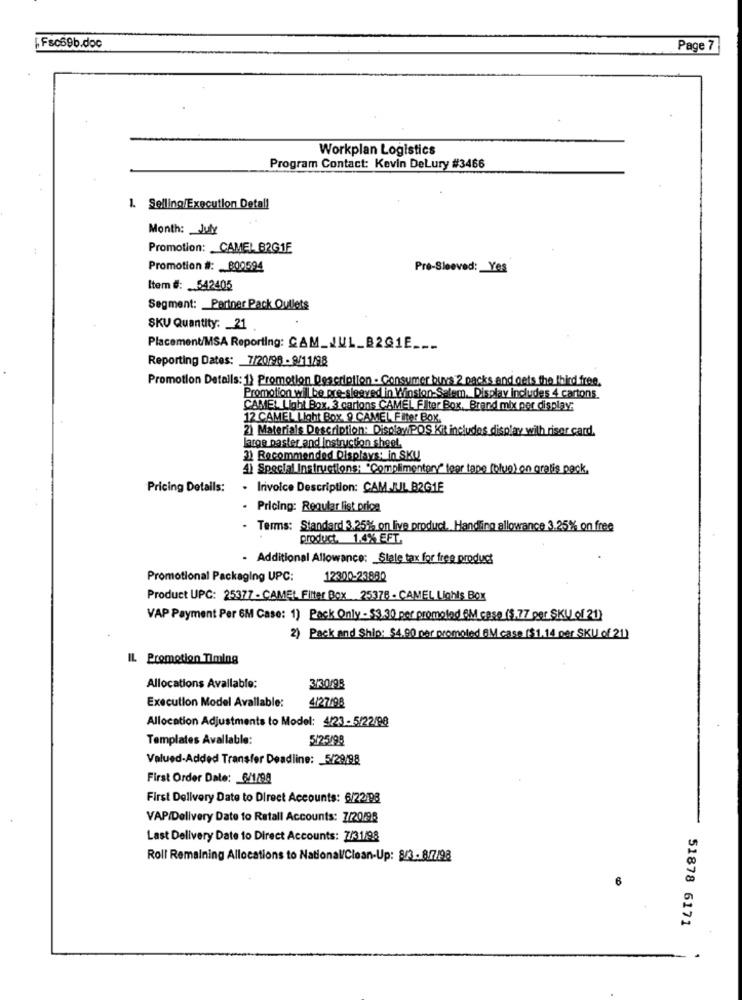
Fsc69b.doc
Page 7
Workplan Logistics
Program Contact: Kevin Delury #3466
1. Selling/Execution Detall
Month: _ July
Promotion: CAMEL B2G1E
Promotion #: 800594
Pre-Sleeved: Yes
Item #: 542405
Segment: Partner Pack Outlets
SKU Quantity: 21
PlacementMSA Reporting: CAM_JUL_B2G1E ___
Reporting Dates: 7/20/98 - 9/11/98
Promotion Details: 1} Promotion Description . Consumer buys 2 packs and gets the third free.
Promotion wil be pre-sleeved in Winston-Salem. Display includes 4 cartons.
CAMEL Light Box. 3 cartons CAMEL Filter Box. Brand mix per display:
12 CAMEL Light Box. 9 CAMEL F Iter Box.
2) Materials Description: DisplayiPOS Kit includes display wilh riser card.
large paster and Instruction sheet.
3) Recommended Displays: in SKU
4) Special Instructions: "Complimentpry" teor tape (blue) on gratis pack.
Pricing Details:
. Irivoice Description: CAM.BIL B2G1E
- Pricing: Regular list price
- Terms: Standard 3.25% on live product. Handling allowance 3.25% on free
product. 1.4% EFT.
- Additional Allowance: Slale tax for free product
Promotional Packaging UPC:
12300-23880
Product UPC: 25377 - CAMEL Filter Box 25378 - CAMEL Lights Box
VAP Payment Per 6M Case: 1) Pack Only - $3.30 per promoted 6M case ($.77 per SKU of 21)
2) Pack and Ship: $4.90 per promoted BM case ($1.14 per SKU of 21)
IL Promotion Timing
Allocations Avallable:
3/30/95
Execution Model Avallable:
4/27/98
Allocation Adjustments to Model: 4/23- 5/22/98
Templates Avallable:
5/25/98
Valued-Added Transfer Deadline: _ 5/29/98
First Order Date: 6/1/94
First Delivery Date to Direct Accounts: 6/22198
VAP/Delivery Date to Ratall Accounts: 7/20/98
Last Delivery Date to Direct Accounts: 7/31/98
Roll Remaining Allocations to National/Clean-Up: 8/3 - 8/7/98
6
51878 6171